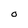
Character: O